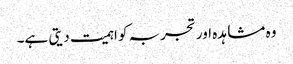
وہ مشاہدہ اور تجربہ کو اہمیت دیتی ہے۔